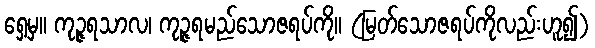
ရှေ့မှ။ ကုဉ္ဇရသာလ၊ ကုဉ္ဇရမည်သောဇရပ်ကို။ (မြတ်သောဇရပ်ကိုလည်းဟူ၍)